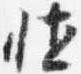
壮